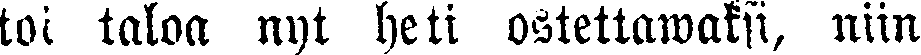
toi taloa nyt heti ostettawaksi, niin